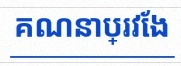
គណនាប្រវែង